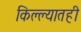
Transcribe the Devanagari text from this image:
किल्ल्यातही